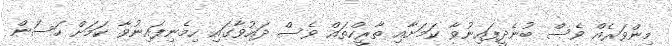
މިންވަރެއް ވެސް ބުނެދީފައިނުވާ ކަމަށާއި ތާރީހްތައް ވެސް ދައުވާގައި ހިމެނިފައިނުވާ ކަމަށް ހަސަން